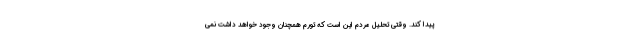
پیدا کند. وقتی تحلیل مردم این است که تورم همچنان وجود خواهد داشت نمی